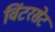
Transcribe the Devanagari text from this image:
विंटरसेट